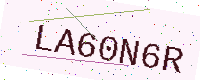
Text: LA60N6R